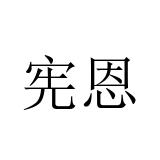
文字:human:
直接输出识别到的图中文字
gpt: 宪恩